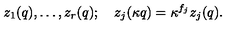
z _ { 1 } ( q ) , \ldots , z _ { r } ( q ) ; \quad z _ { j } ( \kappa q ) = \kappa ^ { f _ { j } } z _ { j } ( q ) .